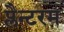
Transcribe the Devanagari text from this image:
प्लैन्टरम